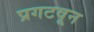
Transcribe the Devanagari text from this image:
प्रगटवून